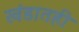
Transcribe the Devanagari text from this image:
खंडातही